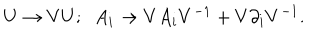
LaTeX: U \rightarrow V U ; \; \; A _ { i } \rightarrow V A _ { i } V ^ { - 1 } + V \partial _ { i } V ^ { - 1 } .